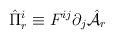
LaTeX: \begin{align*}\hat{\Pi}^i_r\equiv F^{ij}\partial_j \hat{\cal A}_r\end{align*}